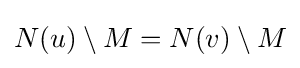
N(u)\setminus M=N(v)\setminus M